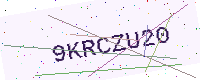
Text: 9KRCZU20